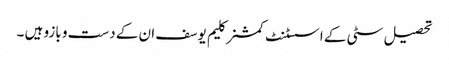
تحصیل سٹی کے اسسٹنٹ کمشنر کلیم یوسف ان کے دست و بازو ہیں ۔